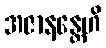
အဇာနန္တေဟိ